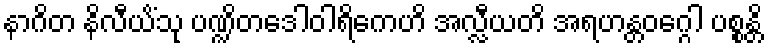
နာဂိတ နိလီယိံသု ပဏ္ဍိတဒေါဝါရိကေဟိ အလ္လီယတိ အရဟန္တဝဂ္ဂေါ ပစ္စန္တိ